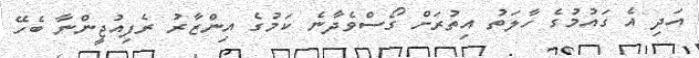
އަދި އެ ގައުމުގެ ހާލަތު އިތުރަށް ގޯސްވެދާނެ ކަމުގެ އިންޒާރު ރެފިއުޖީންނާ ބެހޭ